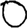
Digit: 0